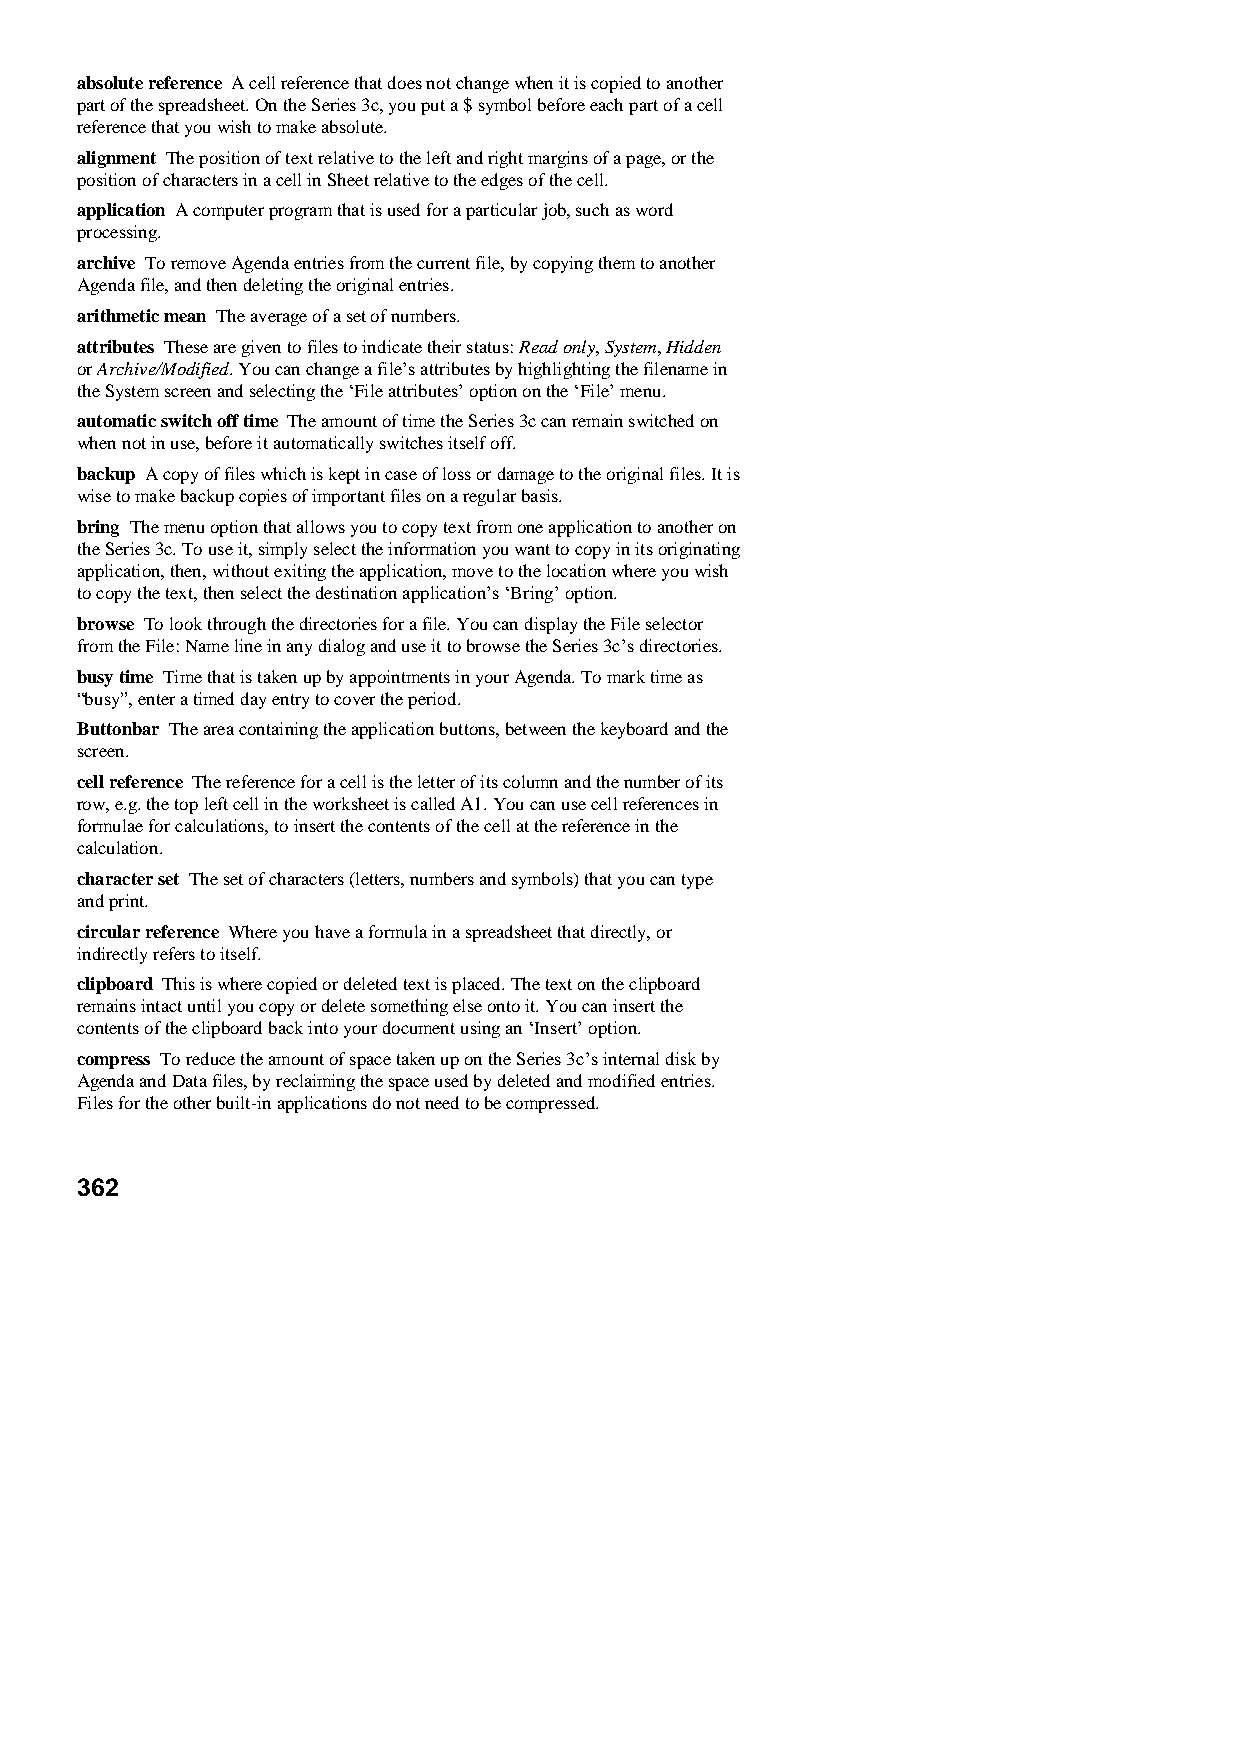
absolute reference A cell reference that does not change when it is copied to another
 part of the spreadsheet. On the Series 3c, you put a $ symbol before each part of a cell
 reference that you wish to make absolute.
 alignment The position of text relative to the left and right margins of a page, or the
 position of characters in a cell in Sheet relative to the edges of the cell.
 application A computer program that is used for a particular job, such as word
 processing.
 archive To remove Agenda entries from the current file, by copying them to another
 Agenda file, and then deleting the original entries.
 arithmetic mean The average of a set of numbers.
 attributes These are given to files to indicate their status: Read only, System, Hidden
 or Archive/Modified. You can change a file’s attributes by highlighting the filename in
 the System screen and selecting the ‘File attributes’ option on the ‘File’ menu.
 automatic switch off time The amount of time the Series 3c can remain switched on
 when not in use, before it automatically switches itself off.
 backup A copy of files which is kept in case of loss or damage to the original files. It is
 wise to make backup copies of important files on a regular basis.
 bring The menu option that allows you to copy text from one application to another on
 the Series 3c. To use it, simply select the information you want to copy in its originating
 application, then, without exiting the application, move to the location where you wish
 to copy the text, then select the destination application’s ‘Bring’ option.
 browse To look through the directories for a file. You can display the File selector
 from the File: Name line in any dialog and use it to browse the Series 3c’s directories.
 busy time Time that is taken up by appointments in your Agenda. To mark time as
 “busy”, enter a timed day entry to cover the period.
 Buttonbar The area containing the application buttons, between the keyboard and the
 screen.
 cell reference The reference for a cell is the letter of its column and the number of its
 row, e.g. the top left cell in the worksheet is called A1. You can use cell references in
 formulae for calculations, to insert the contents of the cell at the reference in the
 calculation.
 character set The set of characters (letters, numbers and symbols) that you can type
 and print.
 circular reference Where you have a formula in a spreadsheet that directly, or
 indirectly refers to itself.
 clipboard This is where copied or deleted text is placed. The text on the clipboard
 remains intact until you copy or delete something else onto it. You can insert the
 contents of the clipboard back into your document using an ‘Insert’ option.
 compress To reduce the amount of space taken up on the Series 3c’s internal disk by
 Agenda and Data files, by reclaiming the space used by deleted and modified entries.
 Files for the other built-in applications do not need to be compressed.
 362